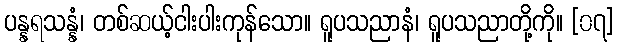
ပန္နရသန္နံ၊ တစ်ဆယ့်ငါးပါးကုန်သော။ ရူပသညာနံ၊ ရူပသညာတို့ကို။ [၀၇]